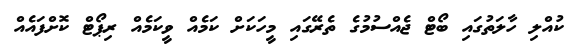
ކުއްލި ހާލަތުގައި ބޯޓް ޖެއްސުމުގެ ތެރޭގައި މީހަކަށް ކަމެއް ވީކަމެއް ރިޕޯޓް ކޮށްފައެއް